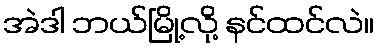
အဲဒါ ဘယ်မြို့လို့ နင်ထင်လဲ။